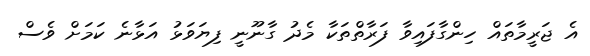
އެ ޖަރީމާތައް ހިންގާފައިވާ ފަރާތްތަކާ މެދު ގާނޫނީ ފިޔަވަޅު އަޅާނެ ކަމަށް ވެސް